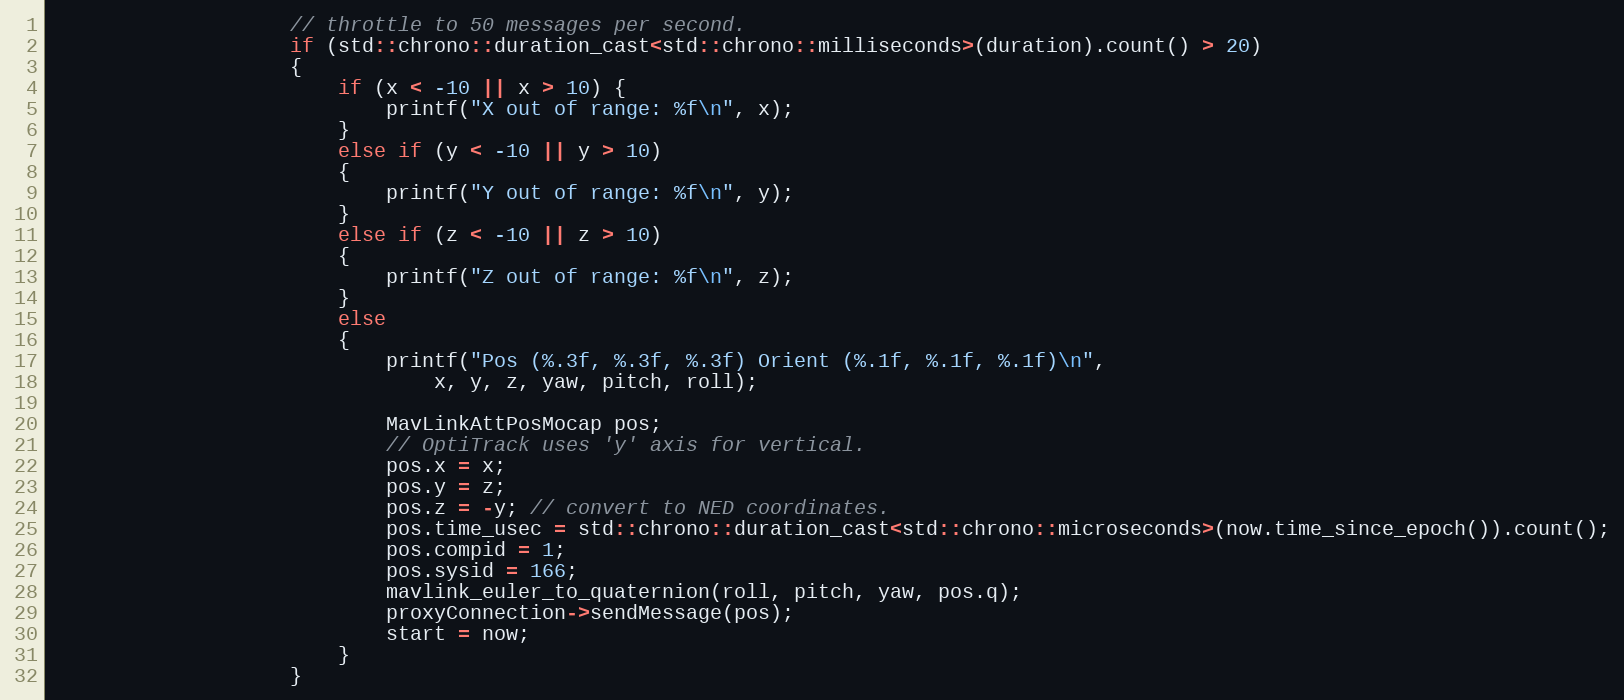
Language: C++
                    // throttle to 50 messages per second.
                    if (std::chrono::duration_cast<std::chrono::milliseconds>(duration).count() > 20)
                    {
                        if (x < -10 || x > 10) {
                            printf("X out of range: %f\n", x);
                        }
                        else if (y < -10 || y > 10)
                        {
                            printf("Y out of range: %f\n", y);
                        }
                        else if (z < -10 || z > 10)
                        {
                            printf("Z out of range: %f\n", z);
                        }
                        else
                        {
                            printf("Pos (%.3f, %.3f, %.3f) Orient (%.1f, %.1f, %.1f)\n",
                                x, y, z, yaw, pitch, roll);

                            MavLinkAttPosMocap pos;
                            // OptiTrack uses 'y' axis for vertical.
                            pos.x = x;
                            pos.y = z;
                            pos.z = -y; // convert to NED coordinates.
                            pos.time_usec = std::chrono::duration_cast<std::chrono::microseconds>(now.time_since_epoch()).count();
                            pos.compid = 1;
                            pos.sysid = 166;
                            mavlink_euler_to_quaternion(roll, pitch, yaw, pos.q);
                            proxyConnection->sendMessage(pos);
                            start = now;
                        }
                    }